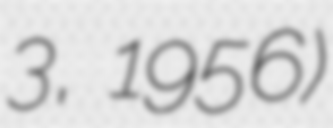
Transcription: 3, 1956)